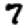
Digit: 7